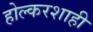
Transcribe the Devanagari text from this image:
होल्करशाही